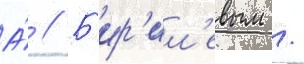
А́ // Б'ир'ил'евым /